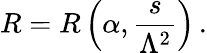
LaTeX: R=R\left(\alpha,{\frac{s}{\Lambda^{2}}}\right)\, .